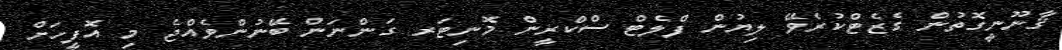
ޤާނޫނީގޮތުން ގެޒެޓްކުރެވޭ ލިޔުން ފްލެޓް ސްކްރީން މޮނިޓަރ ގަންނަން ބޭނުންވެއްޖެ މި އޮފީހަށް